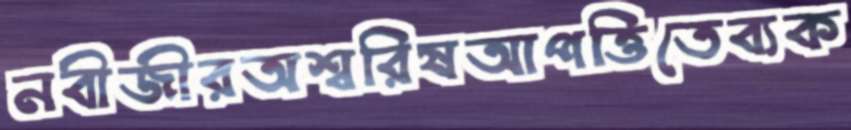
নবীজীরঅশ্বরিষআপত্তিতেব্যক